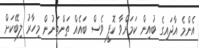
އެންމެ އާދައިގެ ބުއިން ކަމަށްވާ ކޮފީ ވެސް ބައެއް ތަންތަނުން މިހާރު ލިބޭކަށް